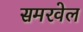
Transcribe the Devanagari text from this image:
समरवेल